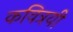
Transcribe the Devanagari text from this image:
कवित्रयी